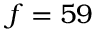
f = 5 9